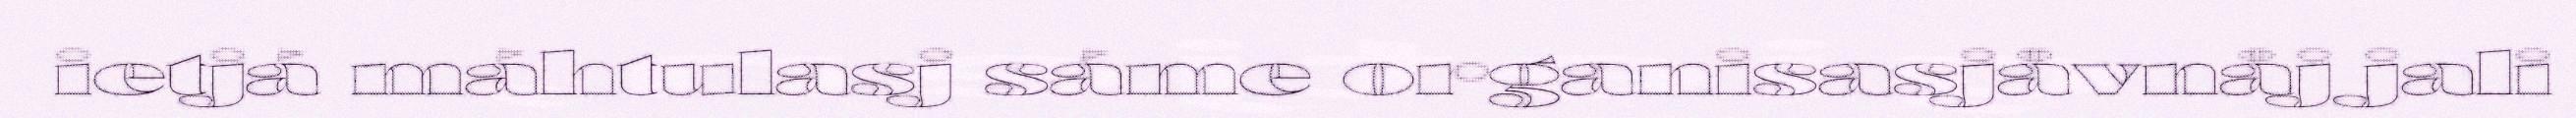
ietjá máhtulasj sáme organisasjåvnåj jali